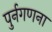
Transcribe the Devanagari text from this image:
पुर्नगणना